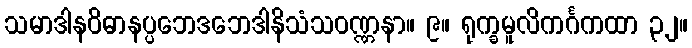
သမာဒါနဝိဓာနပ္ပဘေဒဘေဒါနိသံသဝဏ္ဏနာ။ ၉။ ရုက္ခမူလိကင်္ဂကထာ ၃၂။